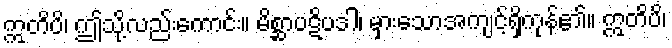
ဣတိပိ၊ ဤသို့လည်းကောင်း။ မိစ္ဆာပဋိပဒါ၊ မှားသောအကျင့်ရှိကုန်၏။ ဣတိပိ၊